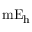
\mathrm { m E _ { h } }